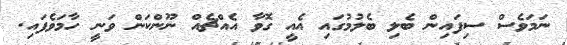
ނަމަވެސް ސިފައިން ބެލި ބެލުމުގައި އެއީ ގޮވާ އެއްޗެއް ނޫންކަން ވަނީ ހާމަވެފައި.